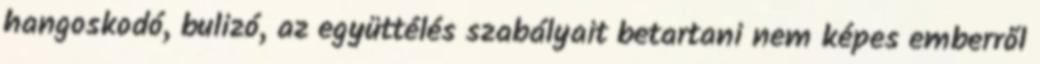
hangoskodó, bulizó, az együttélés szabályait betartani nem képes emberről